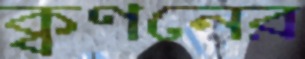
ক্বণনের